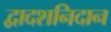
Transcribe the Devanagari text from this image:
द्वादशनिदान